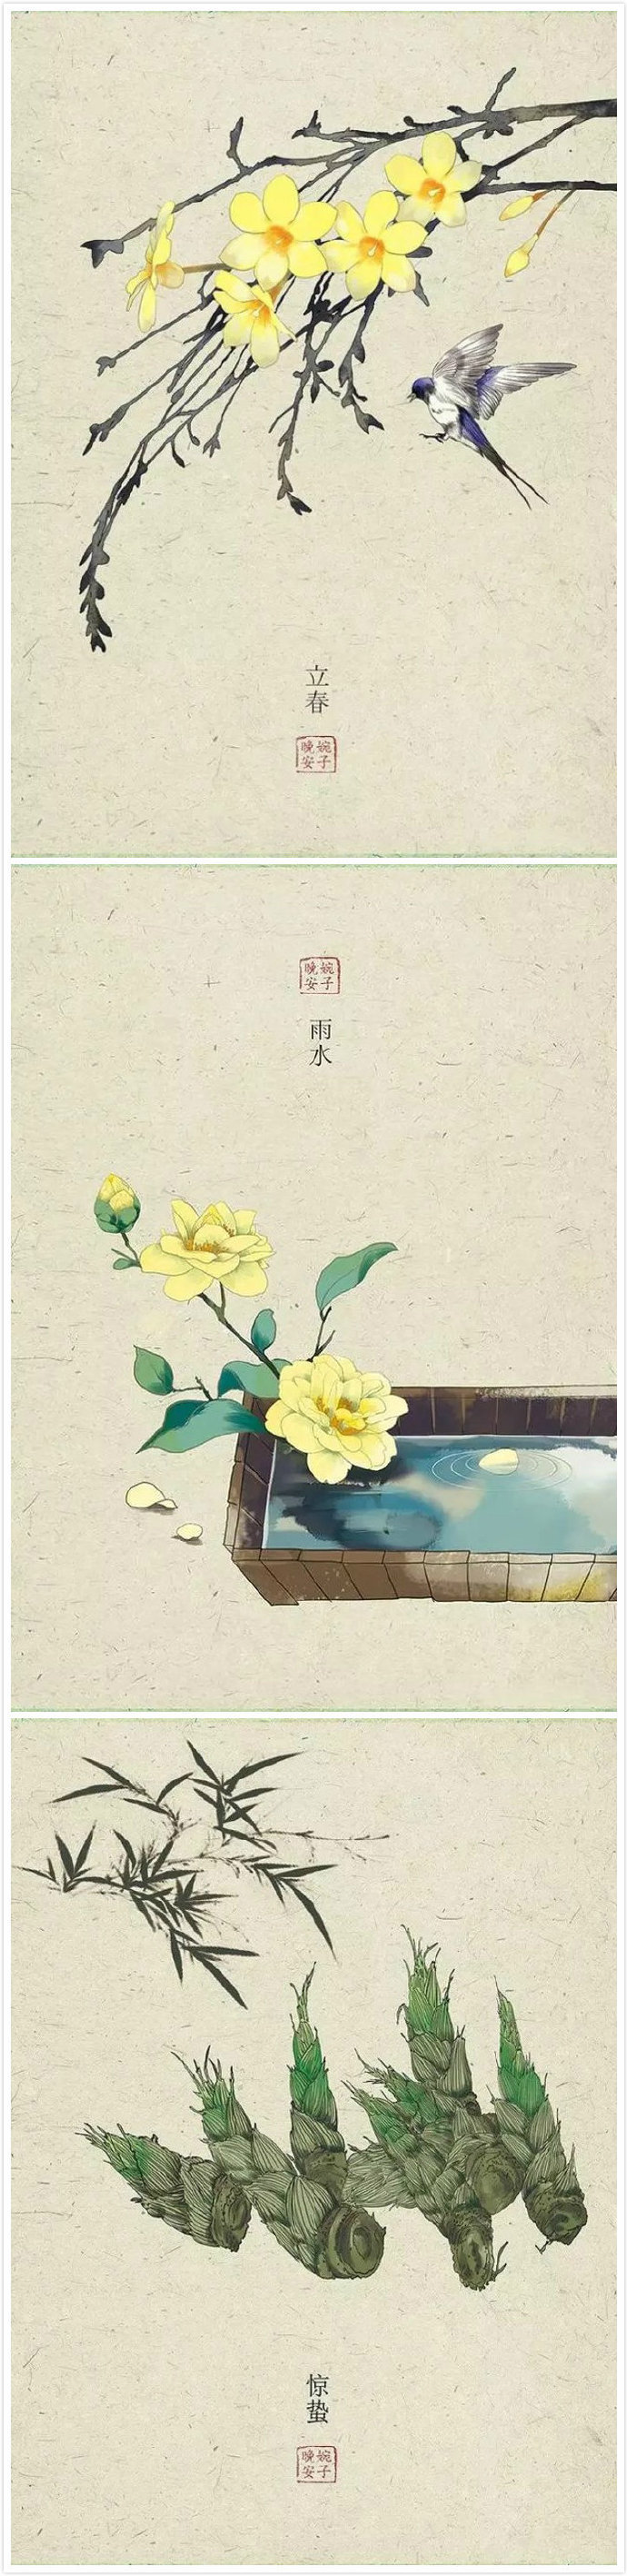
春田龟坼苗不滋，犹赖立春三日雪。